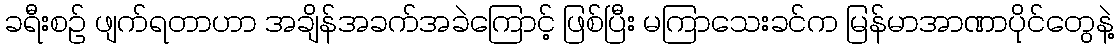
ခရီးစဉ် ဖျက်ရတာဟာ အချိန်အခက်အခဲကြောင့် ဖြစ်ပြီး မကြာသေးခင်က မြန်မာအာဏာပိုင်တွေနဲ့